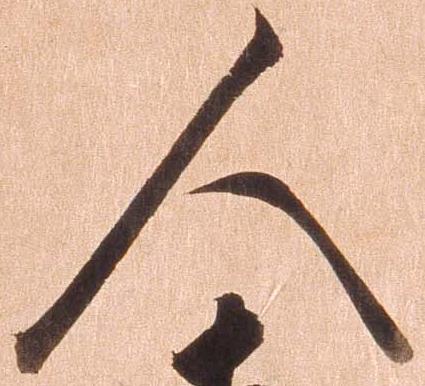
人